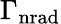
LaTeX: \Gamma_{\mathrm{nrad}}